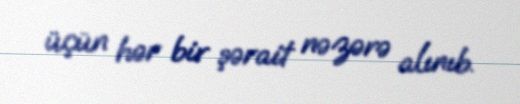
üçün hər bir şərait nəzərə alınıb.